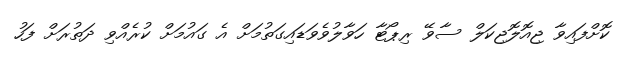
ކޮށްފައިވާ ޖިއޮލޮޖިކަލް ސާވޭ ރިޕޯޓާ ހަވާލުވެވަޑައިގަތުމަށް އެ ގައުމަށް ކުރެއްވި ދަތުރަށް ފަހު